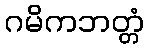
ဂမိကဘတ္တံ